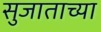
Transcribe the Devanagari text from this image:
सुजाताच्या